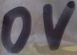
Text: 0V